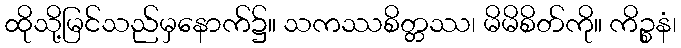
ထိုသို့မြင်သည်မှနောက်၌။ သကဿစိတ္တဿ၊ မိမိစိတ်ကို။ ကိဉ္စနံ၊